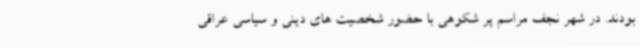
بودند. در شهر نجف مراسم پر شکوهی با حضور شخصیت های دینی و سیاسی عراقی